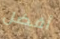
أفضل